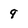
Character: 9